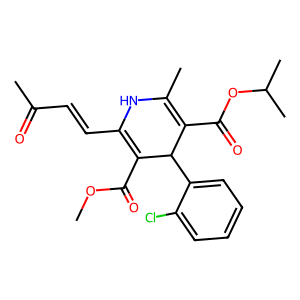
SMILES: COC(=O)C1=C(C=CC(C)=O)NC(C)=C(C(=O)OC(C)C)C1c1ccccc1Cl
Inhibits HIV replication: No